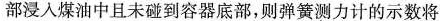
部浸入煤油中且未碰到容器底部，则弹簧测力计的示数将